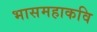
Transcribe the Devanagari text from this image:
भासमहाकवि